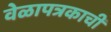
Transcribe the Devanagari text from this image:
वेळापत्रकाची